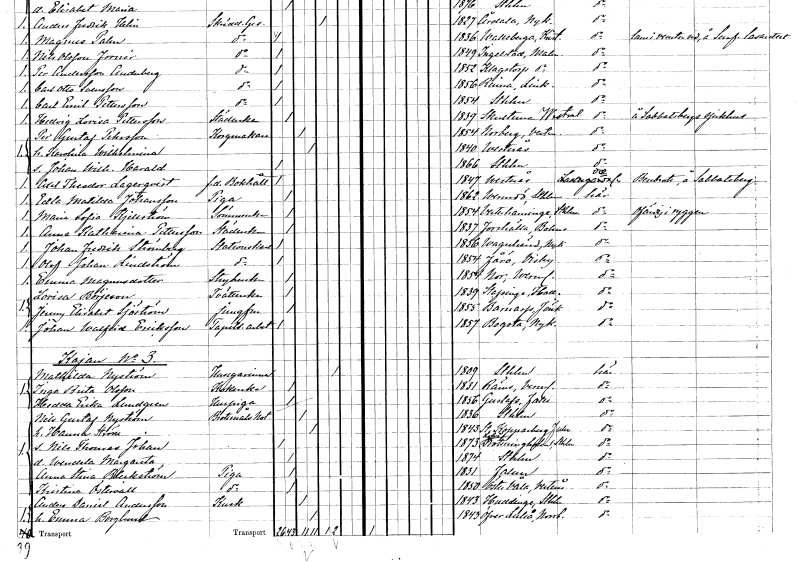
gt_parse: households: individuals: FN: Axel Theodor
EN: Lagerqvist
YRKE: Bokhållare f.d.
KON: M
CIV: O
FODAR: 1847
FODFORS: Västerås Västmanlands län
FN: Edla Matilda
EN: Johansson
YRKE: Piga
KON: K
CIV: O
FODAR: 1862
FODFORS: Värmdö Stockholms län
FN: Maria Sofia
EN: Kjellström
YRKE: Sömmerska
KON: K
CIV: O
FODAR: 1854
FODFORS: Västerhaninge Stockholms län
FN: Anna Katharina
EN: Pettersson
YRKE: Städerska
KON: K
CIV: O
FODAR: 1837
FODFORS: Forshälla Göteborgs- och Bohuslän
FN: Johan Fredrik
EN: Strömberg
YRKE: Stationskarl
KON: M
CIV: O
FODAR: 1856
FODFORS: Vagnhärad Södermanlands län
FN: Olof Johan
EN: Lindström
YRKE: Stationskarl
KON: M
CIV: O
FODAR: 1854
FODFORS: Fårö Gotlands län
FN: Emma
EN: Magnusdotter
YRKE: Strykerska
KON: K
CIV: O
FODAR: 1854
FODFORS: Nor Värmlands län
FN: Lovisa
EN: Börjeson
YRKE: Tvätterska
KON: K
CIV: O
FODAR: 1839
FODFORS: Stafsinge Hallands län
FN: Jenny Elisabet
EN: Sjöström
YRKE: Jungfru
KON: K
CIV: O
FODAR: 1855
FODFORS: Barnarp Jönköpings län
FN: Johan Walfrid
EN: Eriksson
YRKE: Tapetseriarbetare
KON: M
CIV: O
FODAR: 1857
FODFORS: Bogsta Södermanlands län
FN: Mathilda
EN: Nyström
YRKE: Husägarinna
KON: K
CIV: E
FODAR: 1809
FODFORS: Stockholm
FN: Inga Brita
EN: Olsson
YRKE: Kokerska
KON: K
CIV: O
FODAR: 1831
FODFORS: Rämmen Värmlands län
FN: Hedda Erika
EN: Lundgren
YRKE: Huspiga
KON: K
CIV: O
FODAR: 1856
FODFORS: Gustafs Kopparbergs län
FN: Nils Gustaf
EN: Nyström
YRKE: Brottmålsnotarie
KON: M
CIV: G
FODAR: 1836
FODFORS: Stockholm
FN: Hanna
EN: Sröm
KON: K
CIV: G
FODAR: 1843
FODFORS: Stora Kopparberg Kopparbergs län
FN: Nils Thomas Johan
KON: M
CIV: O
FODAR: 1873
FODFORS: Lovö Stockholms län
FN: Wendela Margareta
KON: K
CIV: O
FODAR: 1874
FODFORS: Stockholm
FN: Anna Stina
EN: Bleckström
YRKE: Piga
KON: K
CIV: O
FODAR: 1831
FODFORS: Falun Kopparbergs län
FN: Kristina
EN: Östervall
YRKE: Piga
KON: K
CIV: O
FODAR: 1850
FODFORS: Östervåla Västmanlands län
FN: Anders Daniel
EN: Andersson
YRKE: Kusk
KON: M
CIV: G
FODAR: 1843
FODFORS: Huddinge Stockholms län
FN: Emma
EN: Berglund
KON: K
CIV: G
FODAR: 1843
FODFORS: Överluleå Norrbottens län